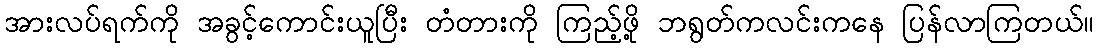
အားလပ်ရက်ကို အခွင့်ကောင်းယူပြီး တံတားကို ကြည့်ဖို့ ဘရွတ်ကလင်းကနေ ပြန်လာကြတယ်။